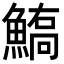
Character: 𩺙